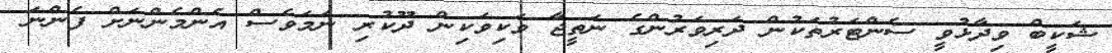
ޝަކީބް ވިދާޅުވީ ސެންޓަރުތަކުން ދަރިވަރުންގެ ނަތީޖާ ވަކިވަކިން ދޫކުރި ނަމަވެސް އެންމެންނަށް ފެންނަ